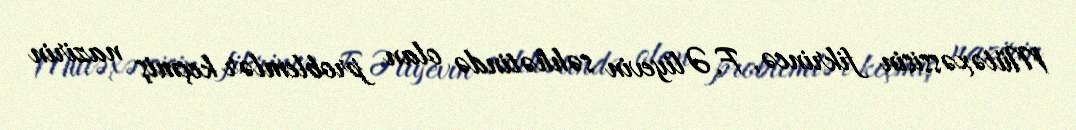
Mütəxəssisin fikrincə, F.Əliyevin səhhətində olan problemlər keçmiş nazirin